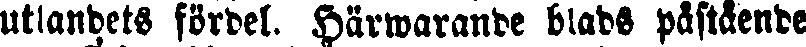
utlandets fördel. Härwarande blads påstående